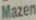
Mazen